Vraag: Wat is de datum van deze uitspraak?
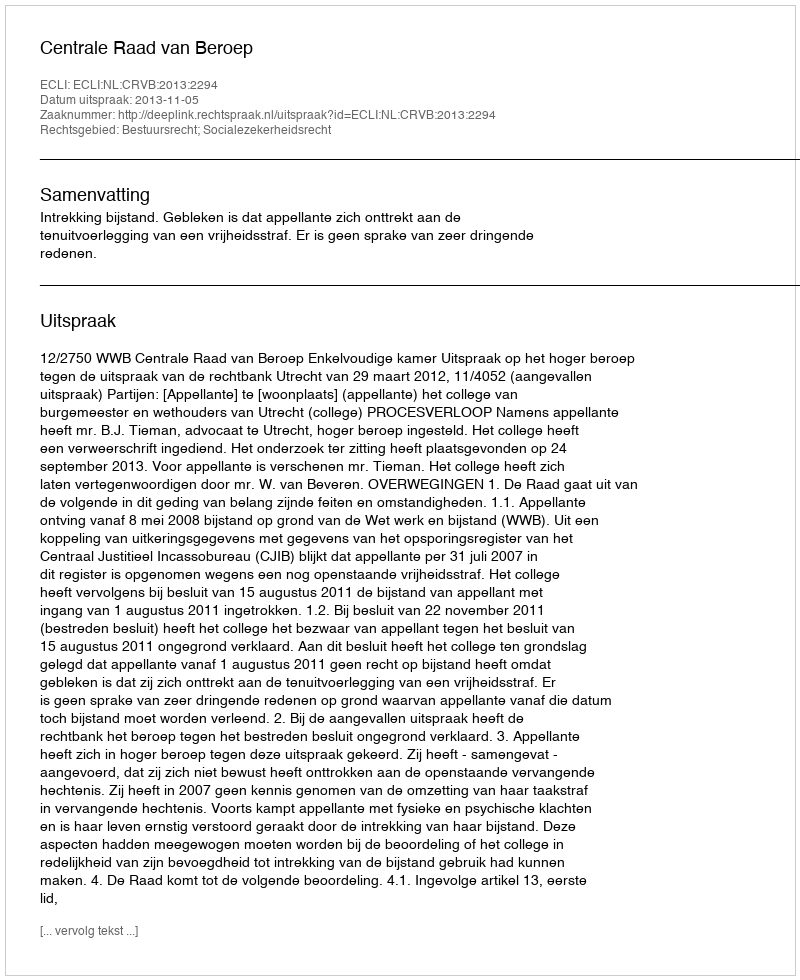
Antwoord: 2013-11-05